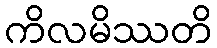
ကိလမိဿတိ